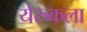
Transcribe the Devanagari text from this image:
येरुकला